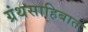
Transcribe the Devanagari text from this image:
ग्रंथसाहिबात